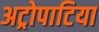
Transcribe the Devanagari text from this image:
अट्रोपाटिया